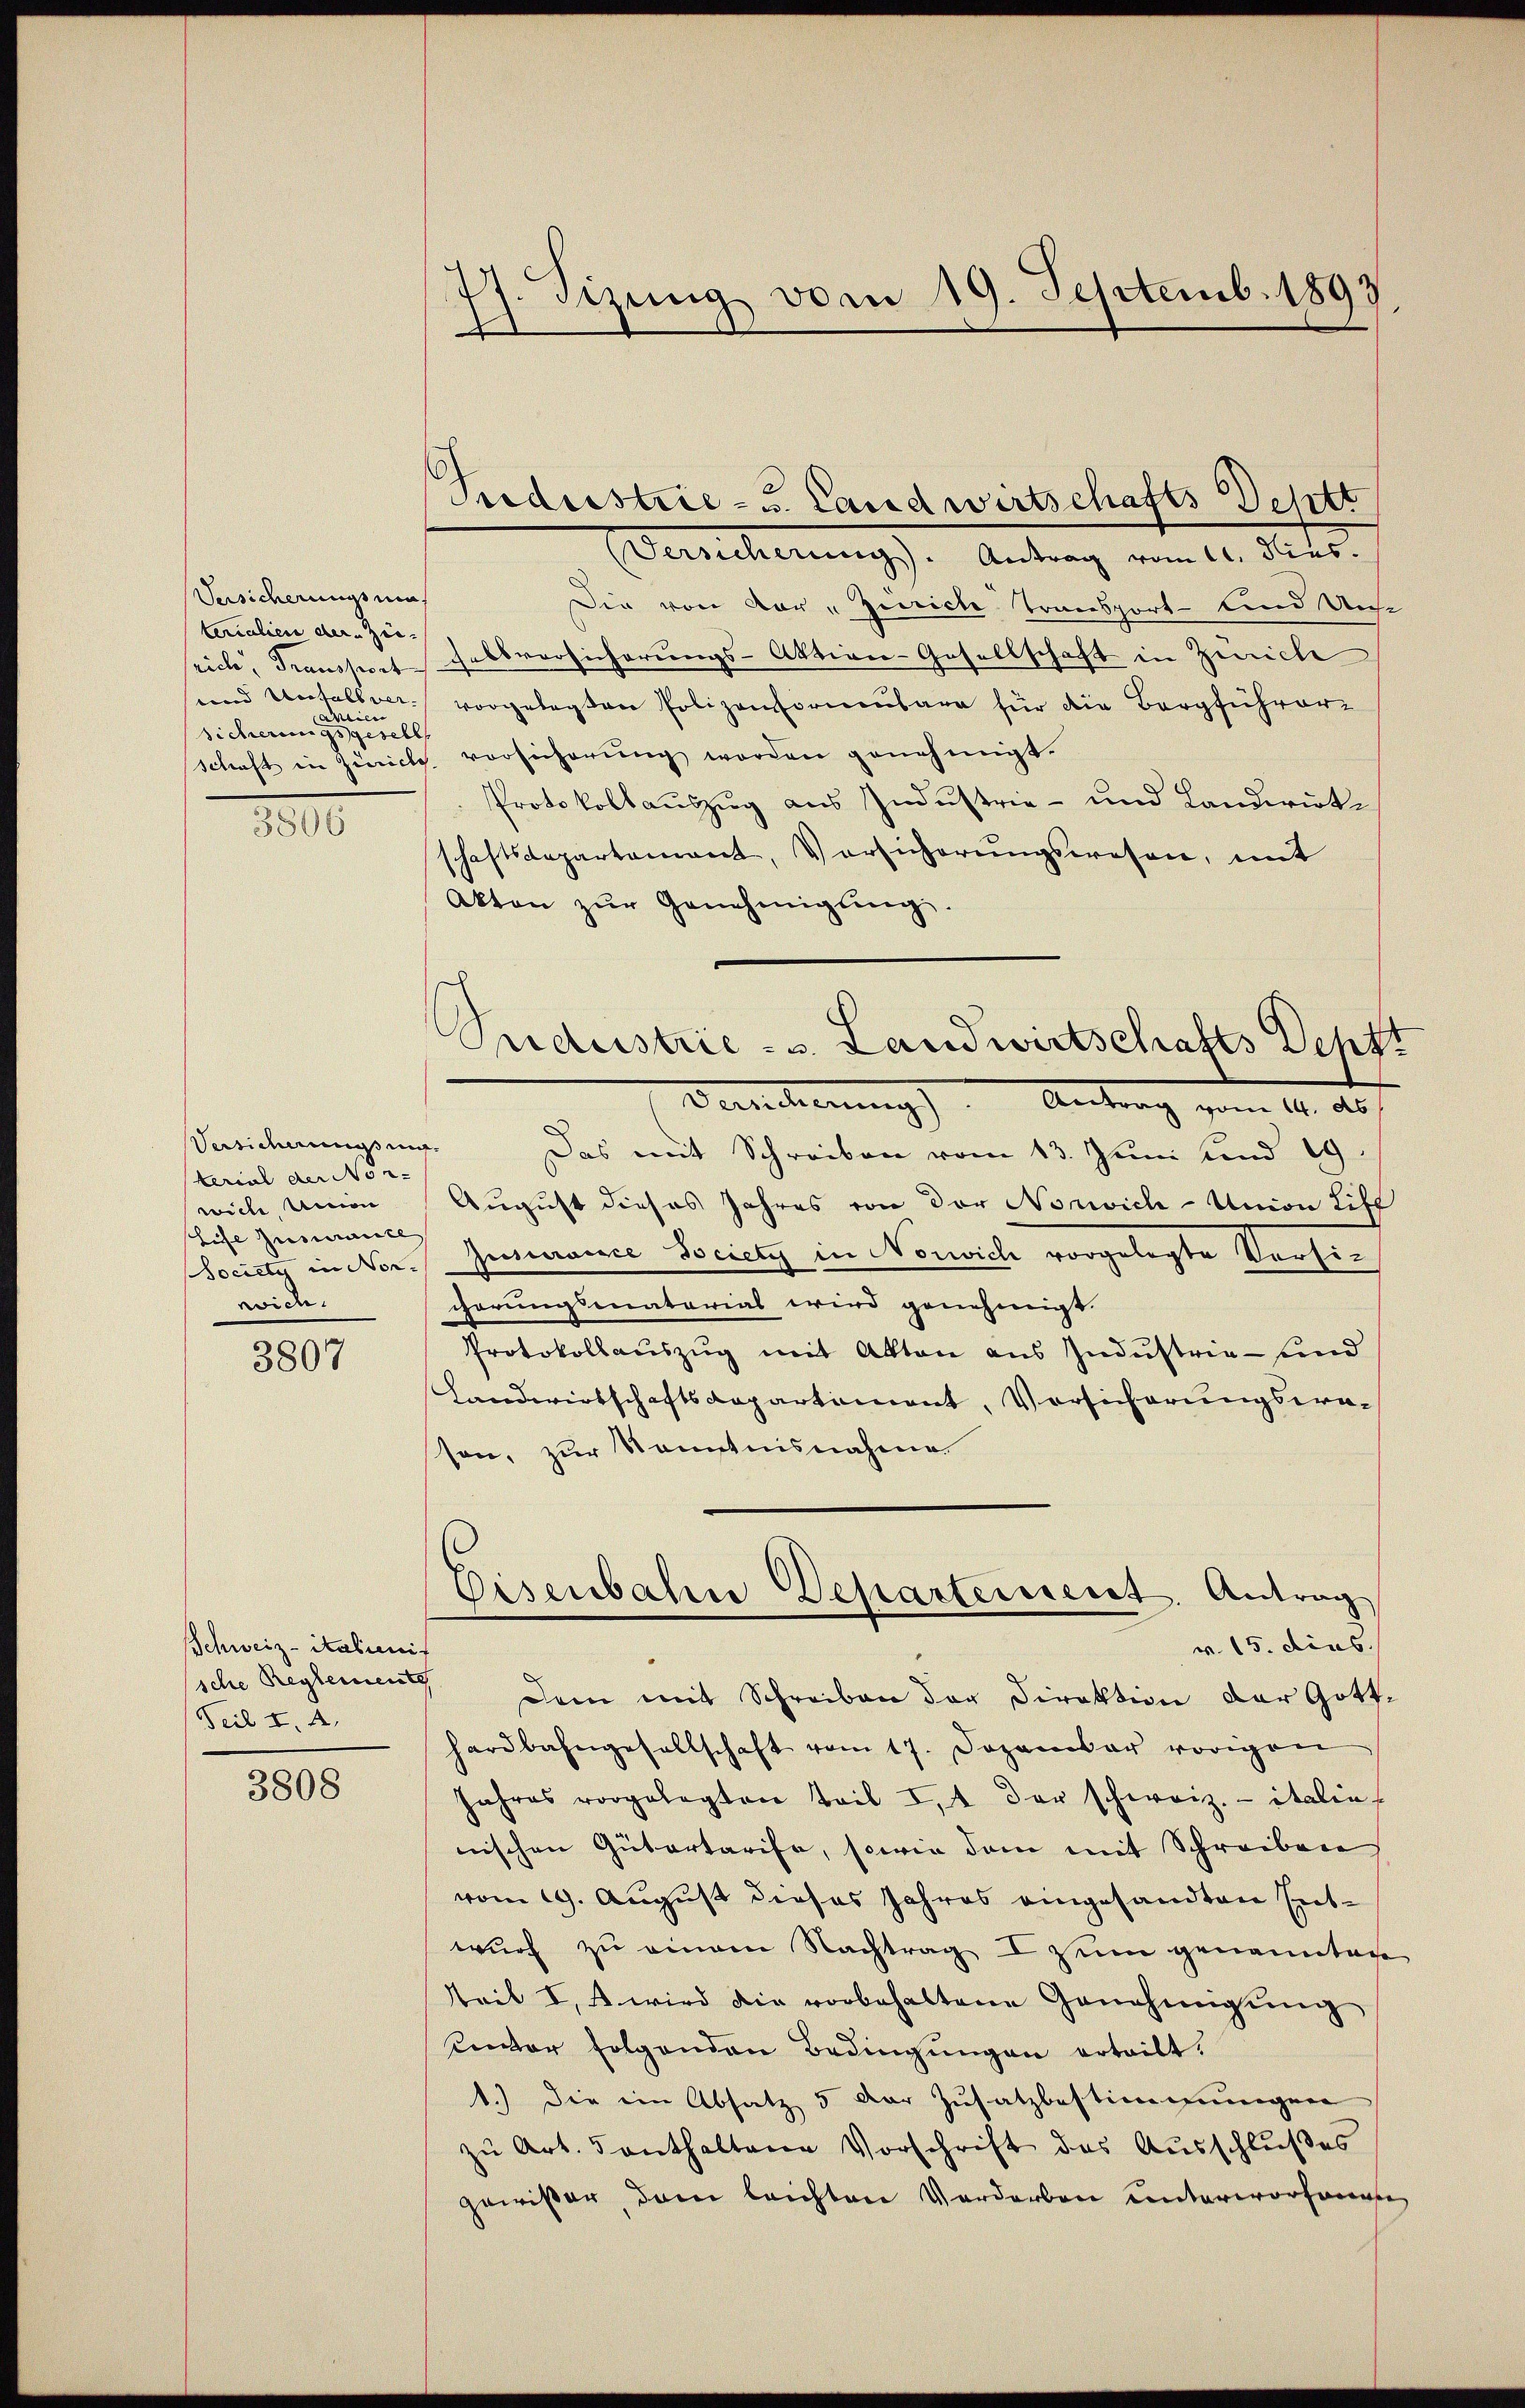
Versicherungsmas
terialien der Zei-
aien
sicherungsgeselb
1800

Vesidungsung.
terial der Nor-
wiele Annon
Life zumante
vice

3807

Schweiz - italienis
sche Reglement
Teil II. 2.

3808

77. Sizung vom 19. Septemb. 1893.

Puderstrie- u. Landwirtschafts Deptt

Versicherung). Antrag vom 10. dits.
Die von der „Zürich Transport sind Unse
rich, Transportabsversicherungs-Aktiver-Gesellschaft in Zürich
und Unfallver vorgelegten Polizenhornenbare für die Bergführer-
Schaft in Zürich vorsicherŭng worden genehmigt.
Protokollauszug aus Industrie- und Landwirkschaftsdepartement, Vorsicherŭngswesen, mit
Akten zŭr Genehmigŭng.
Berecherung). Antrag vom 14. Auf
Das mit Schreiben vom 13. Juni und 19.
August dieses Jahres von der Norich-Union Lisl
Society in Nor./ Iusurance Society in Norich vorgelegte Versichörungsmatorias wird genehmigt.
Protokollauszug mit Akten aus Industrie - und
Landwirtschaftsdepartiment, Vorsicherungswesson, zur Kenntnisnahme
Eisenbahn Departeriert. Antrag
v. 15. dies
Dem mit Schreiben der Direktion der Gotthardbahngesellschaft vom 17. Dezember vorigen
Jahres vorgelegten Teil u. der schweiz. italie
nischen Gütertarife, sowie dem mit Schreiben
vom 19. August dieses Jahres eingesandten Entwurf zu einem Nachtrag I zum genannten
tteil I, u wird die vorbehaltene Genehmigung
zwar folgenden Bedingungen erteilt.
1.) Die im Absatz 5 der Zusatzbestimmungen
zu Art. 5 enthaltene Vorschrift des Ausschlußes
gewißer, dann leichten Verdarben unterworfene

Sudustrie - u. Landwirtschafts Depft